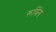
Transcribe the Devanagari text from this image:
रूफिंग